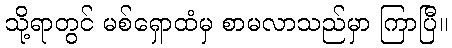
သို့ရာတွင် မစ်ရှောထံမှ စာမလာသည်မှာ ကြာပြီ။